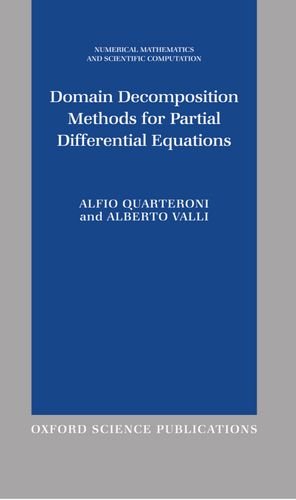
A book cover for Domain Decomposition Methods for Partial Differential Equations (Numerical Mathematics and Scientific Computation); Alfio Quarteroni; Computers & Technology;